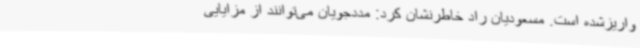
واریزشده است. مسعودیان راد خاطرنشان کرد: مددجویان می‌توانند از مزایایی